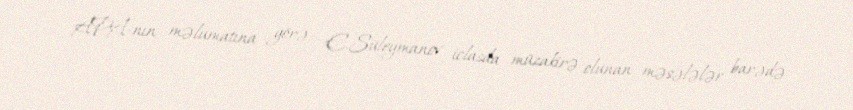
APA-nın məlumatına görə, E.Süleymanov iclasda müzakirə olunan məsələlər barədə